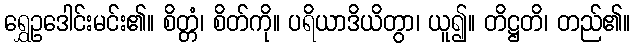
ရွှေဥဒေါင်းမင်း၏။ စိတ္တံ၊ စိတ်ကို။ ပရိယာဒိယိတွာ၊ ယူ၍။ တိဋ္ဌတိ၊ တည်၏။